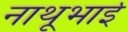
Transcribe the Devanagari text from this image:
नाथूभाई